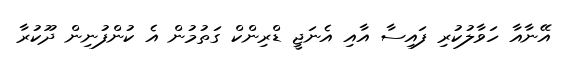
އޭނާއާ ހަވާލުކުރި ފައިސާ އާއި އެނަޖީ ޑްރިންކް ގަތުމުން އެ ކުންފުނިން ދޫކުރާ